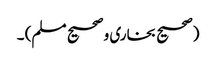
(صحیح بخاری و صحیح مسلم) ۔